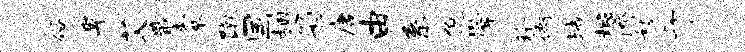
俗卑艾戢囊蹴国翅箱唐由系倪管玲衙域楷睽怒于